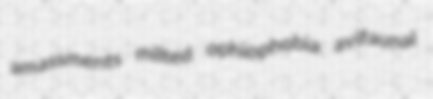
amassments milted ophiophobia avifaunal